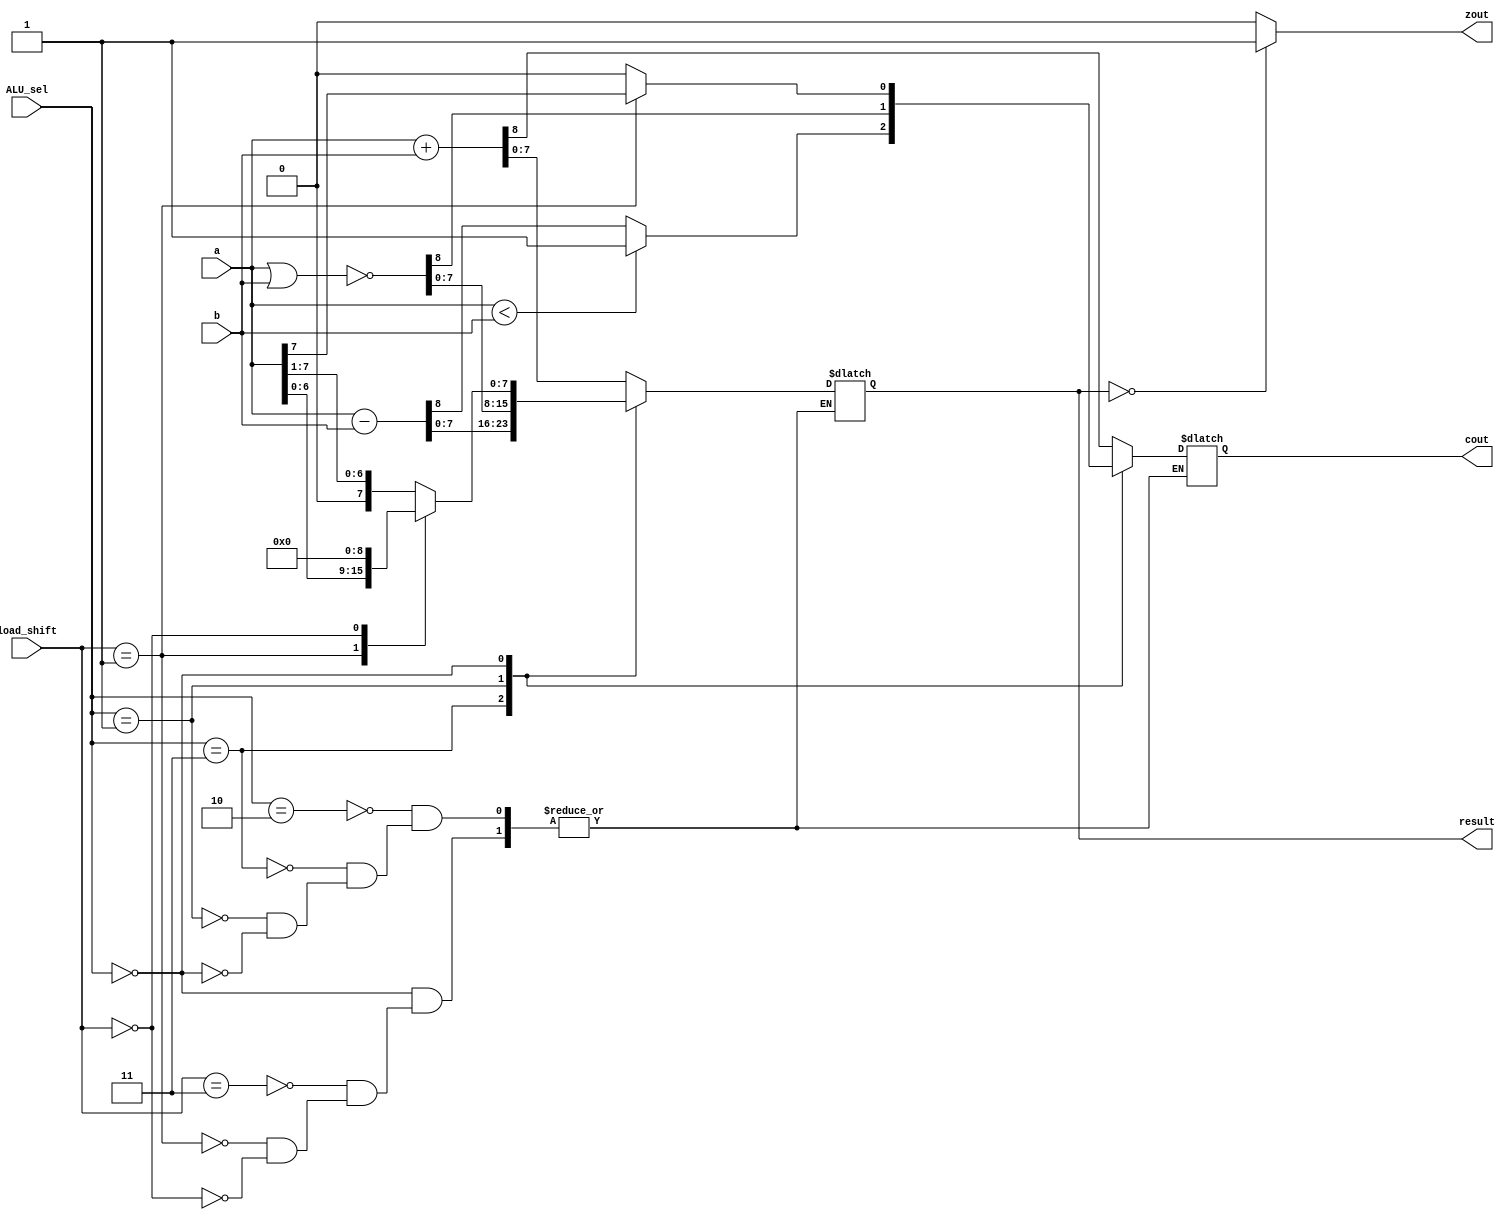

module ALU (
input [7:0] a, b,
input [1:0] ALU_sel, load_shift,

output[7:0] result,
output wire cout, zout
);

reg [8:0] r;
reg rC;
reg rZ;

always @(ALU_sel or load_shift) begin
	case(ALU_sel) 
		2'b10: r <= a + b; //ADD
		2'b11: begin 
			r <= a - b; //SUB
			if (a < b) begin
				r[8] <= 1;
			end
			end
		2'b01: r <= ~(a | b); //NOR
		2'b00: begin
			case(load_shift)
				2'b11: r <= a >> 1; //SHR
				2'b01: r <= a << 1; //SHL
				2'b10: begin
				end//r <= a; //LD
				2'b00: r <= 0; //RST
			endcase
		end
		/****Complete the code here*****/
	endcase
	

end

always @(r) begin
	rC <= r[8];
	rZ <= (r[7:0] == 0) ? 1:0;
end

assign cout = rC;//r[8];
assign result = r[7:0]; /*Complete the code here***/
assign zout = rZ; //(r[7:0] == 0) ? 1:0; /*Complete the code here*/

endmodule